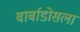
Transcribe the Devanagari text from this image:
बार्बाडोसला